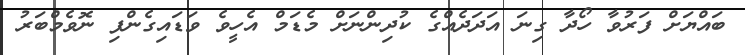
ބައްޔަށް ފަރުވާ ހޯދާ ގިނަ އަދަދެއްގެ ކުދިންނަށް މެޑަމް އެހީވެ ވަޑައިގެންފި ނޮވެމްބަރު